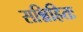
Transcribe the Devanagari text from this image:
सन्निहितः